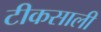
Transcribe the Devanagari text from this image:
टीकसाली